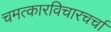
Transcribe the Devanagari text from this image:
चमत्कारविचारचर्चा